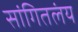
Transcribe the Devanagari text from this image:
सांगितलंय